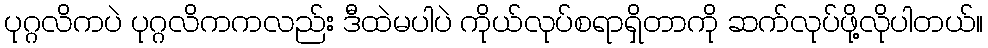
ပုဂ္ဂလိကပဲ ပုဂ္ဂလိကကလည်း ဒီထဲမပါပဲ ကိုယ်လုပ်စရာရှိတာကို ဆက်လုပ်ဖို့လိုပါတယ်။